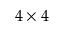
4 \times 4